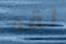
لقد